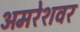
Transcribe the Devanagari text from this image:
अमरेशवर